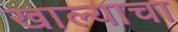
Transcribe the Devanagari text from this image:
खाल्याचा